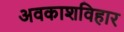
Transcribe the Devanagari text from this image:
अवकाशविहार